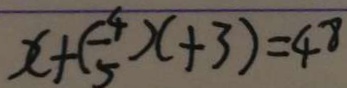
x + ( - \frac { 4 } { 5 } ) ( + 3 ) = 4 8